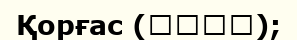
Қорғас (霍尔果斯);